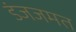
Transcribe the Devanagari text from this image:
डंजजमत